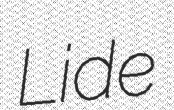
Lide